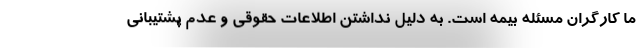
ما کارگران مسئله بیمه است. به دلیل نداشتن اطلاعات حقوقی و عدم پشتیبانی